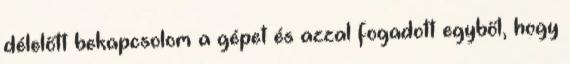
délelőtt bekapcsolom a gépet és azzal fogadott egyből, hogy